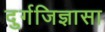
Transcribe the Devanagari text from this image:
दुर्गजिज्ञासा